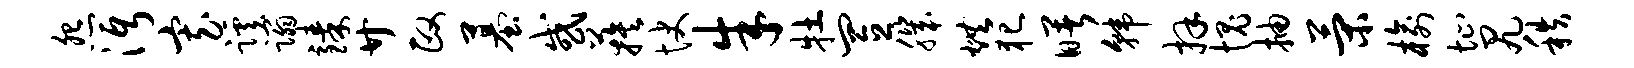
怨沔寡蹊蹋臻廿政墓或蔟快朱牡置肌烘犯曙韩拜愧抽策榆址尻秩